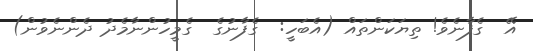
އޭ  ގެފާނެވެ! ތިޔަކަންތައް (އެބަހީ:  ގެފާނުގެ  ގެމީހުންނާމެދު ދެންނެވުން)